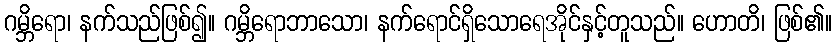
ဂမ္ဘိရော၊ နက်သည်ဖြစ်၍။ ဂမ္ဘိရောဘာသော၊ နက်ရောင်ရှိသောရေအိုင်နှင့်တူသည်။ ဟောတိ၊ ဖြစ်၏။